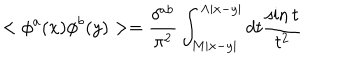
< \phi ^ { a } ( x ) \phi ^ { b } ( y ) > = \frac { \delta ^ { a b } } { \pi ^ { 2 } } \int _ { M | x - y | } ^ { \Lambda | x - y | } d t \frac { \sin t } { t ^ { 2 } }